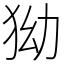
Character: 狕